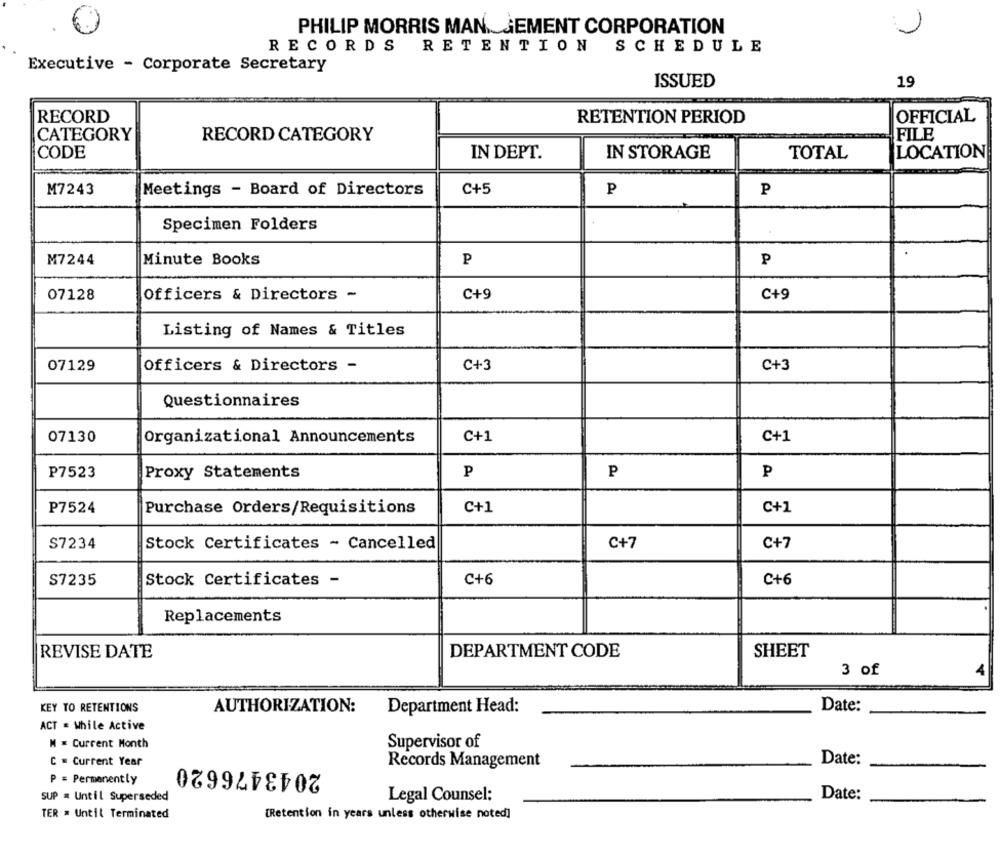
PHILIP MORRIS MAN GEMENT CORPORATION
RECORDS
RETENTION
SCHEDULE
Executive - Corporate Secretary
ISSUED
19
RECORD
RETENTION PERIOD
OFFICIAL
CATEGORY
RECORD CATEGORY
FILE
CODE
IN DEPT.
IN STORAGE
TOTAL
LOCATION
M7243
C+5
Meetings - Board of Directors
P
P
Specimen Folders
M7244
Minute Books
P
P
07128
Officers & Directors -
C+9
C+9
Listing of Names & Titles
07129
Officers & Directors -
C+3
C+3
Questionnaires
07130
C+1
C+1
Organizational Announcements
P7523
Proxy Statements
P
P
P
P7524
Purchase Orders/Requisitions
C+1
C+1
S7234
Stock Certificates - Cancelled
C+7
C+7
S7235
Stock Certificates -
C+6
C+6
Replacements
SHEET
REVISE DATE
DEPARTMENT CODE
3 of
KEY TO RETENTIONS
AUTHORIZATION:
Department Head:
Date:
ACT = While Active
M = Current Month
Supervisor of
C = Current Year
2043476620
Records Management
Date:
P = Permanently
SUP . Until Superseded
Legal Counsel:
Date:
TER . Until Terminated
[Retention in years unless otherwise noted]